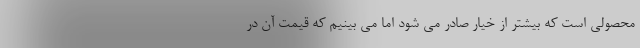
محصولی است که بیشتر از خیار صادر می شود اما می بینیم که قیمت آن در